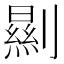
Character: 𠠁